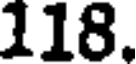
118.